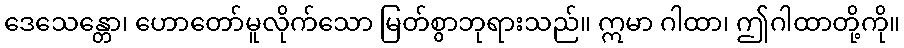
ဒေသေန္တော၊ ဟောတော်မူလိုက်သော မြတ်စွာဘုရားသည်။ ဣမာ ဂါထာ၊ ဤဂါထာတို့ကို။